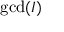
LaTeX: \gcd ( I )